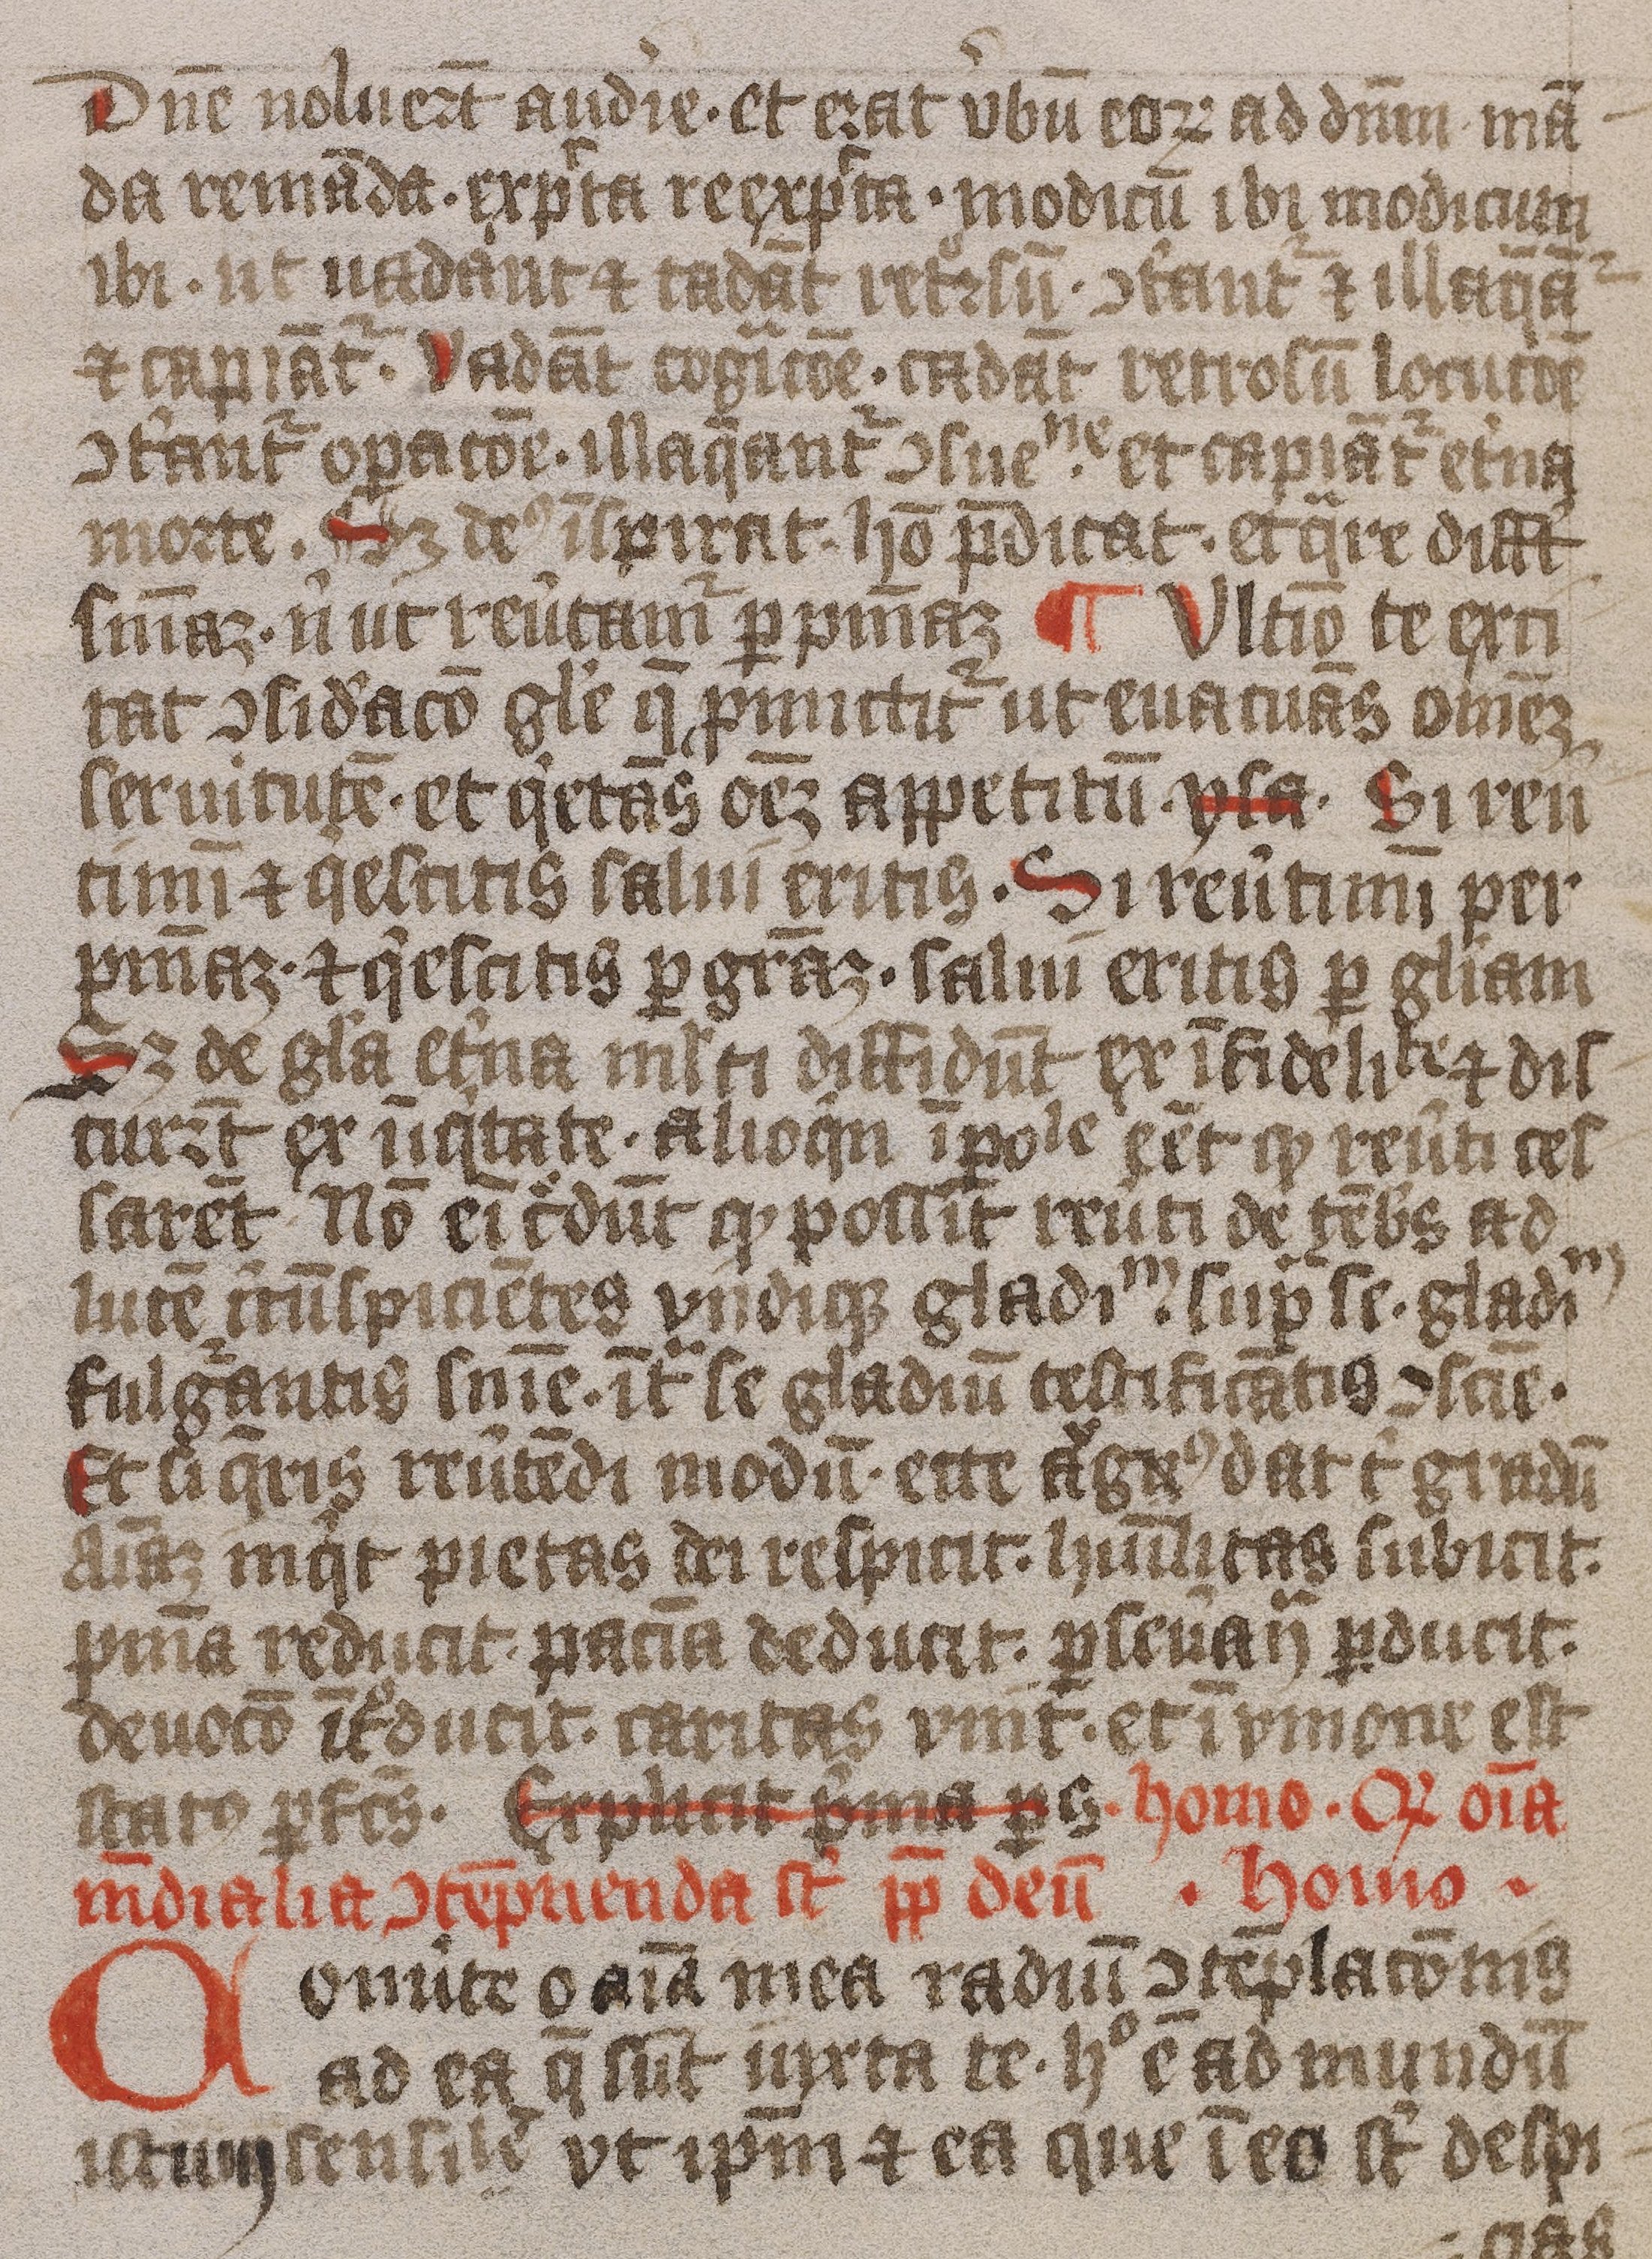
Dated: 1375–1499